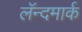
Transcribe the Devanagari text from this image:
लॅन्दमार्क